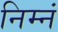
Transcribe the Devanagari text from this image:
निम्नं